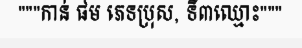
"""កាន់ ផម ភេទប្រុស, ទី៣ឈ្មោះ"""